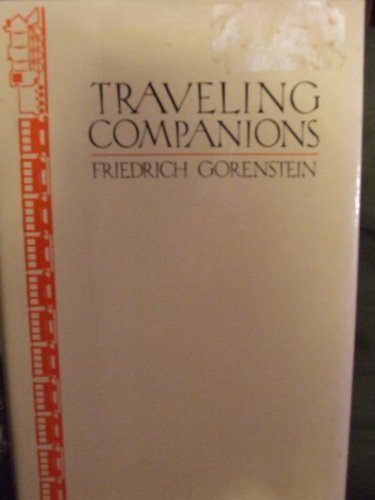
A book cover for Traveling Companions; Friedrich Gorenstein; Travel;